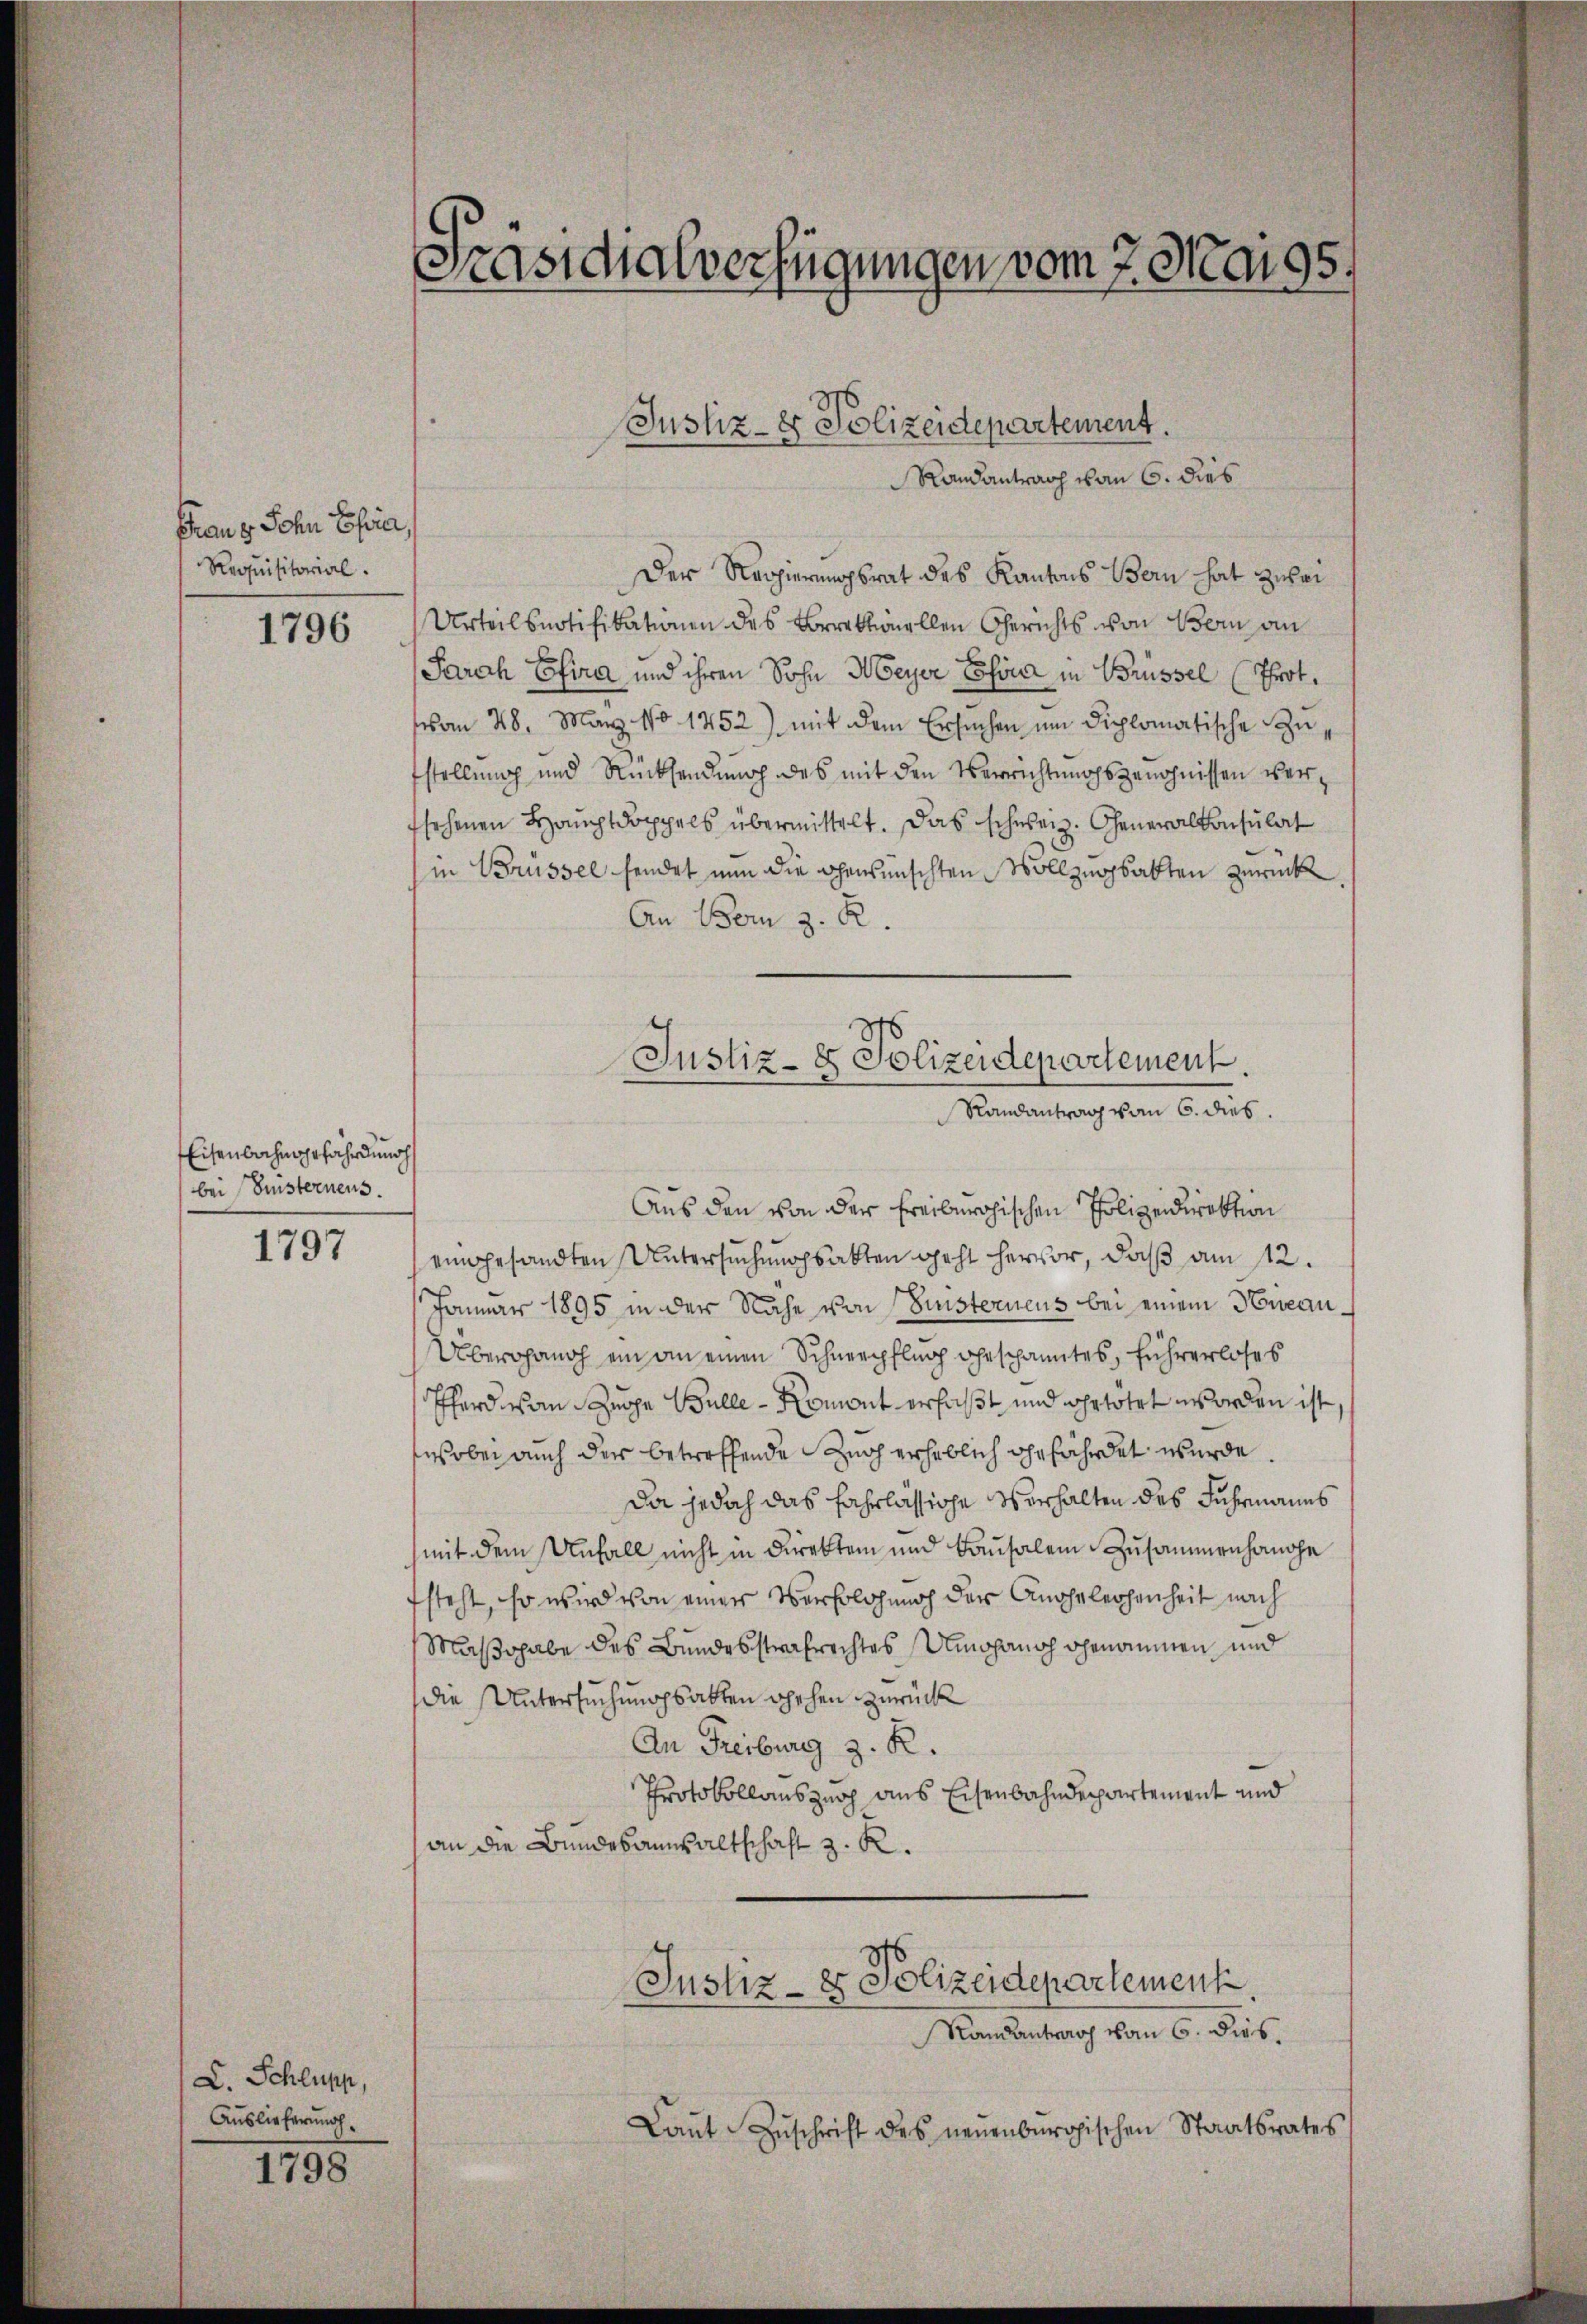
Franz Sohn Ehria,
Requisitorial.

1796

1797

C. Schlupp,
Auslieferung

1798

Eisenbachnahefährdung
bei Einsternens.

Hasicalverfügungen vom 7. Mai 95.

Randantrach von 6. dies
Der Regierungsrat des Kantons Bern hat zuei
Urteilsnotifikationen des Borrektionellen Gerichts von Bern an
Parch Efira und ihren Sohn Meyer Chöre in Brüssel (Prot.
vom 28. März 10 1252) mit dem Ersuchen um diplomatische Zufstellung und Rücksendung des mit den Verrichtungsgenohnissen versehenen Hauptdoppels übermittelt. Das schweiz. Generalkonsulat
in Brüssel sendet nun die gewünschten Vollzugsakten zurück
An Dom z. R.
Aus den von der Freiburgischen Polizeidirektion
eingesandten Untersuchungsakten geht hervor, daß am 12.
Januar 1895 in der Nähe von Einsterneus bei einem Heran¬
Übergang ein an einen Schnerpflug gespanntes, führerloses
Pferd wan Zuppe Bulle - Romont erfaßt und getötet worden ist
wobei auch der betreffende Zuch erheblich gefährdet wurde.
Da jedoch das fahrlässige Verhalten des Fuhrmanns
mit dem Unfall nicht in Direkten und Kausalem Zusammenhange
steht, so wird von einer Verfolgung der Angeleichenheit nach
Mußohabe des Bundesstrafrechtes Umohannoch genommen und
die Untersuchungsakten gehen zurück
An Freiburg z. R.
Protokollauszug aus Eisenbahndepartement und
an die Bundesanwaltschaft z. K.
Justiz- & Polizeidepartement
Randantrag vom 6. dies.
Laŭt Zŭschrift des neuenburgischen Staatsrates

Justiz- & Polizeidepartement.

Justiz- & Polizeidepartement.
Randantrag vom 6. dies